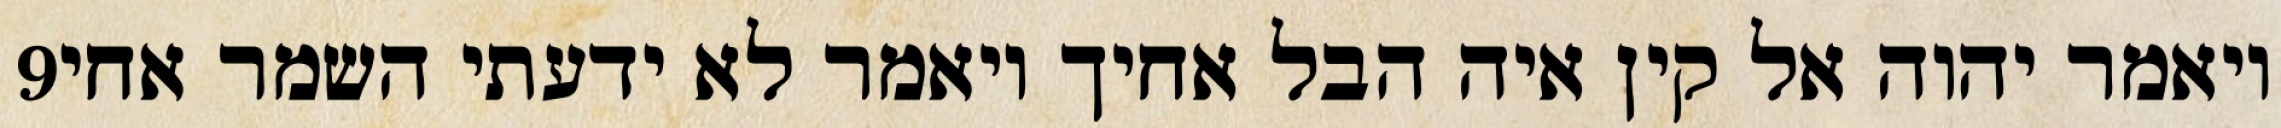
‎9‏ ויאמר יהוה אל קין איה הבל אחיך ויאמר לא ידעתי השמר אחי